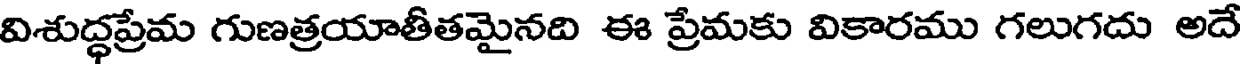
విశుద్ధప్రేమ గుణత్రయాతీతమైనది ఈ ప్రేమకు వికారము గలుగదు అదే